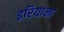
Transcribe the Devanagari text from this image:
इरियाना